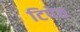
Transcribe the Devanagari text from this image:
टिपेत